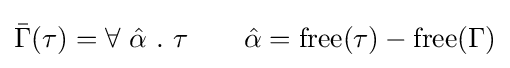
{\bar {\Gamma }}(\tau )=\forall \ {\hat {\alpha }}\ .\ \tau \quad \quad {\hat {\alpha }}={\textrm {free}}(\tau )-{\textrm {free}}(\Gamma )